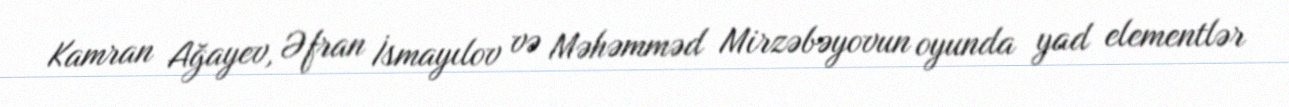
Kamran Ağayev, Əfran İsmayılov və Məhəmməd Mirzəbəyovun oyunda yad elementlər